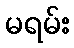
မရမ်း